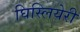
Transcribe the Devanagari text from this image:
घिस्लियेरी